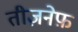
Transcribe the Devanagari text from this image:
तीज़नेफ़